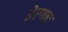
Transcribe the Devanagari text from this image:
डेरगन